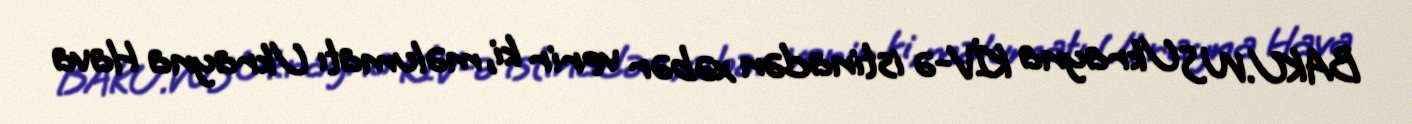
BAKU.WS Ukrayna KİV-ə istinadən xəbər verir ki, məlumatı Ukrayna Hava